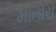
માતોરા